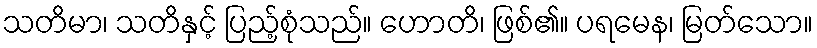
သတိမာ၊ သတိနှင့် ပြည့်စုံသည်။ ဟောတိ၊ ဖြစ်၏။ ပရမေန၊ မြတ်သော။